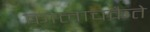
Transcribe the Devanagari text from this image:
कालाचकैते